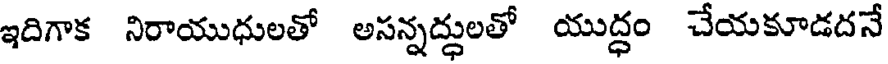
ఇదిగాక నిరాయుధులతో అసన్నద్ధులతో యుద్ధం చేయకూడదనే